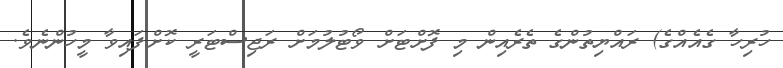
ހުރިހާ ގެއެއްގެ) ރައްޔިތުންގެ ތެރެއިން މި ފޮށްޓަށް ވޯޓުލުމަށް ރަޖިސްޓަރީ ކޮށްފައިވާ މީހުންނެވެ.